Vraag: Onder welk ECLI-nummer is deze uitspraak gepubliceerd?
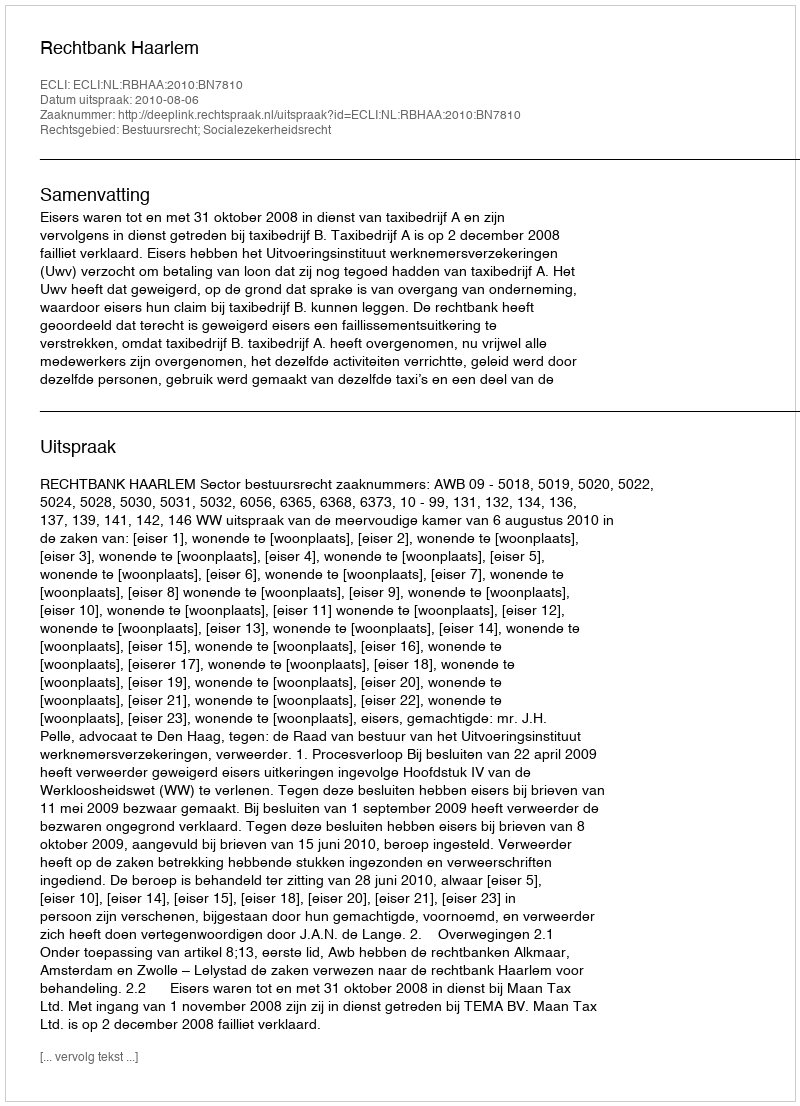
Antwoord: ECLI:NL:RBHAA:2010:BN7810